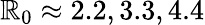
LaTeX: \mathbb{R}_{0}\approx2.2,3.3,4.4